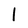
Character: l